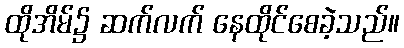
ထိုအိမ်၌ ဆက်လက် နေထိုင်စေခဲ့သည်။